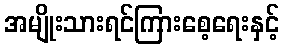
အမျိုးသားရင်ကြားစေ့ရေးနှင့်